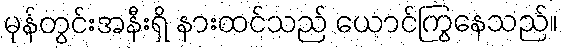
မုန်တွင်းအနီးရှိ နားထင်သည် ယောင်ကြွနေသည်။